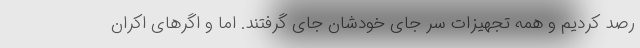
رصد کردیم و همه تجهیزات سر جای خودشان جای گرفتند. اما و اگرهای اکران